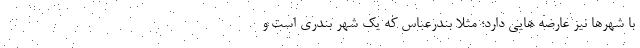
با شهرها نیز عارضه هایی دارد؛ مثلا بندرعباس که یک شهر بندری است و